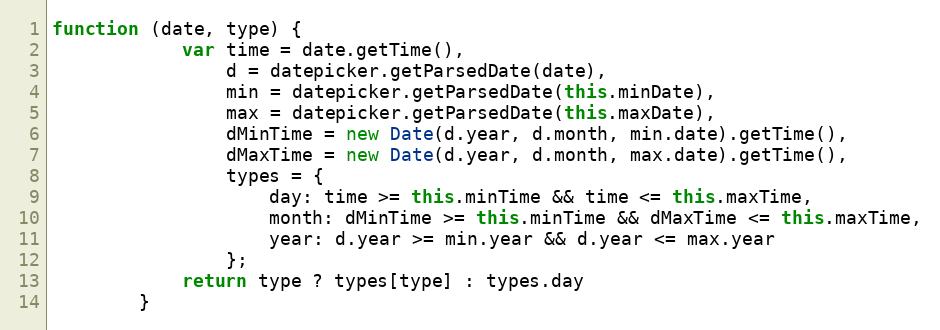
Language: JavaScript
function (date, type) {
            var time = date.getTime(),
                d = datepicker.getParsedDate(date),
                min = datepicker.getParsedDate(this.minDate),
                max = datepicker.getParsedDate(this.maxDate),
                dMinTime = new Date(d.year, d.month, min.date).getTime(),
                dMaxTime = new Date(d.year, d.month, max.date).getTime(),
                types = {
                    day: time >= this.minTime && time <= this.maxTime,
                    month: dMinTime >= this.minTime && dMaxTime <= this.maxTime,
                    year: d.year >= min.year && d.year <= max.year
                };
            return type ? types[type] : types.day
        }